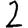
Digit: 2